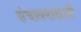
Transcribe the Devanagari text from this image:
संचालनाखाली